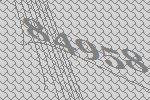
84958